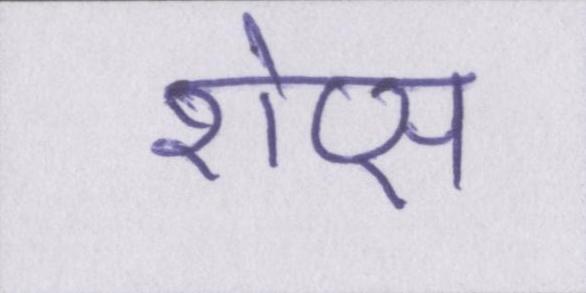
शेप्स